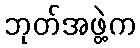
ဘုတ်အဖွဲ့က